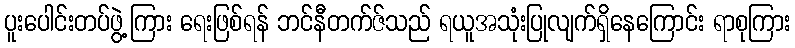
ပူးပေါင်းတပ်ဖွဲ့ကြား ရေးဖြစ်ရန် ဘင်နီတက်ဇ်သည် ရယူအသုံးပြုလျက်ရှိနေကြောင်း ရာစုကြား